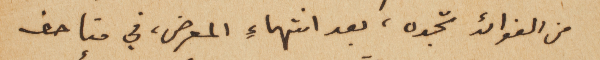
من الفوائد تجده، بعد انتهاء المعرض، في متاحف